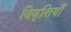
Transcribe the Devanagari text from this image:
विवृत्तियाँ